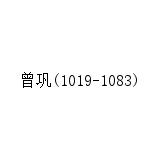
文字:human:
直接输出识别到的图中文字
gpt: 曾巩(1019-1083)